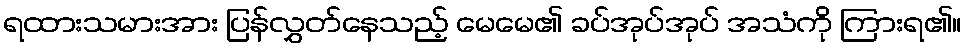
ရထားသမားအား ပြန်လွှတ်နေသည့် မေမေ၏ ခပ်အုပ်အုပ် အသံကို ကြားရ၏။